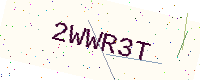
Text: 2WWR3T